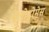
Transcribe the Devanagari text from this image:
वेलोद्रोमेस